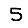
Digit: 5